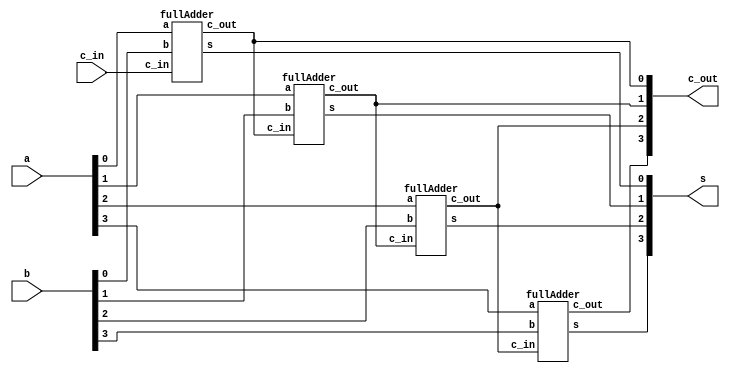
`timescale 1ns / 1ns

module part2 (a, b, c_in, s, c_out);
	input [3:0] a;
	input [3:0] b;	
	input c_in;
	output [3:0] s;
	output [3:0] c_out;

	fullAdder A1(.a(a[0]),.b(b[0]),.c_in(c_in),.s(s[0]),.c_out(c_out[0]));
	fullAdder A2(.a(a[1]),.b(b[1]),.c_in(c_out[0]),.s(s[1]),.c_out(c_out[1]));
	fullAdder A3(.a(a[2]),.b(b[2]),.c_in(c_out[1]),.s(s[2]),.c_out(c_out[2]));
	fullAdder A4(.a(a[3]),.b(b[3]),.c_in(c_out[2]),.s(s[3]),.c_out(c_out[3]));

endmodule


module fullAdder (a, b, c_in, s, c_out);
	input a;
	input b;
	input c_in;
	output s;
	output c_out;

	assign c_out = (a&b)|(c_in&a)|(c_in&b);
	assign s = c_in^a^b;
endmodule